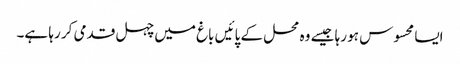
ایسا محسوس ہو رہا جیسے وہ محل کے پائیں باغ میں چہل قدمی کر رہا ہے۔